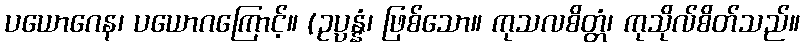
ပယောဂေန၊ ပယောဂကြောင့်။ (ဥပ္ပန္နံ၊ ဖြစ်သော။ ကုသလစိတ္တံ၊ ကုသိုလ်စိတ်သည်။